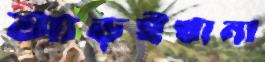
আড়ইখানা